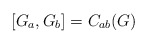
\begin{align*}[G_a, G_b] = C_{ab}(G)\end{align*}